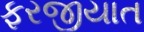
ફરજીયાત